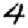
Digit: 4